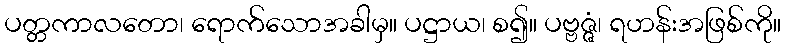
ပတ္တကာလတော၊ ရောက်သောအခါမှ။ ပဋ္ဌာယ၊ စ၍။ ပဗ္ဗဇ္ဇံ၊ ရဟန်းအဖြစ်ကို။